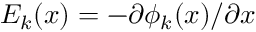
E _ { k } ( x ) = - \partial \phi _ { k } ( x ) / \partial x